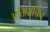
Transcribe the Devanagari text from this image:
अतिप्राचिन